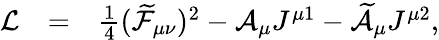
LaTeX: \begin{array}{lll}{{\mathcal{L}}}&{{=}}&{{\frac{1}{4}(\widetilde{\mathcal{F}}_{\mu\nu})^{2}-\mathcal{A}_{\mu}J^{\mu 1}-\widetilde{\mathcal{A}}_{\mu}J^{\mu 2},}}\end{array}